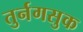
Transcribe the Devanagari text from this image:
तुर्नगसुक